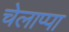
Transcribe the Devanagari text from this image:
चेलाप्पा